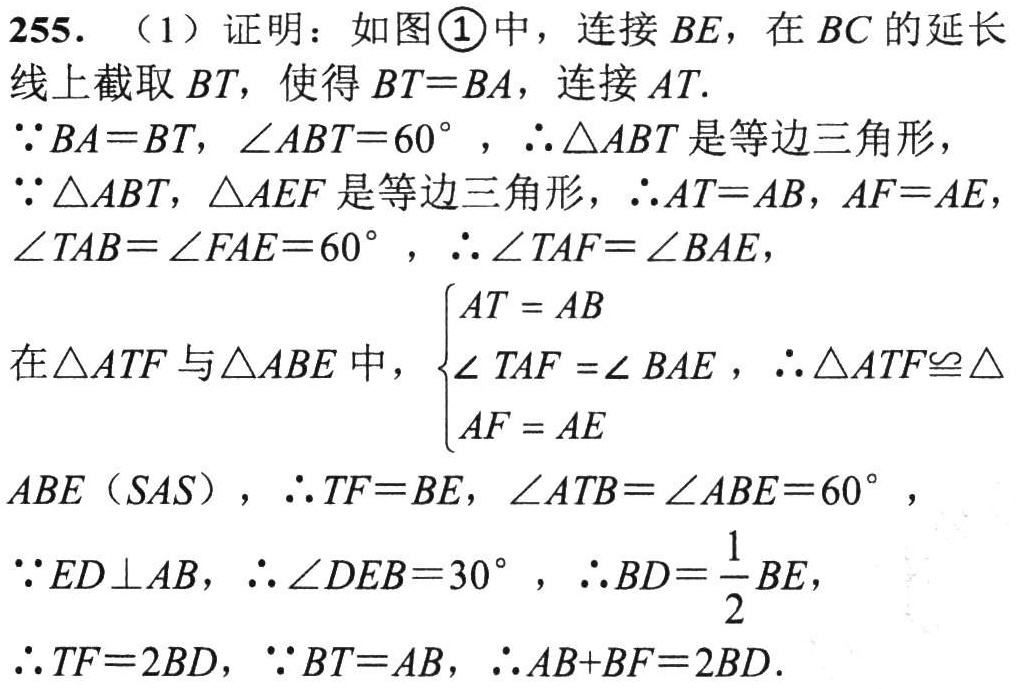
255. （1）证明：如图\textcircled{1}中，连接 \(BE\)，在 \(BC\) 的延长线上截取 \(BT\)，使得 \(BT = BA\)，连接 \(AT\).
\(\because BA = BT\)，\(\angle ABT = 60^{\circ}\)，\(\therefore\triangle ABT\) 是等边三角形，
\(\because\triangle ABT\)，\(\triangle AEF\) 是等边三角形，\(\therefore AT = AB\)，\(AF = AE\)，\(\angle TAB=\angle FAE = 60^{\circ}\)，\(\therefore\angle TAF=\angle BAE\)，
在\(\triangle ATF\) 与\(\triangle ABE\) 中，\(\begin{cases}AT = AB\\\angle TAF =\angle BAE\\AF = AE\end{cases}\)，\(\therefore\triangle ATF\cong\triangle ABE\)（\(SAS\)），\(\therefore TF = BE\)，\(\angle ATB=\angle ABE = 60^{\circ}\)，
\(\because ED\perp AB\)，\(\therefore\angle DEB = 30^{\circ}\)，\(\therefore BD=\dfrac{1}{2}BE\)，
\(\therefore TF = 2BD\)，\(\because BT = AB\)，\(\therefore AB + BF = 2BD\).